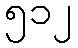
၅၁၂